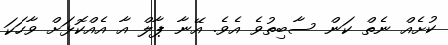
ކުށެއް ނެތް ކަން ސާބިތުވެ އެވެ. އޭނާ ޕާލް އާ އެއްކޮޅަށް ވާހަކަ